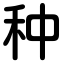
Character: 种